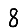
Digit: 8